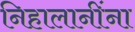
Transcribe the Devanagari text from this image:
निहालानींना